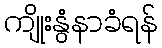
ကျိုးနွံနာခံရန်